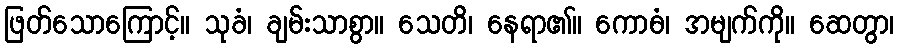
ဖြတ်သောကြောင့်။ သုခံ၊ ချမ်းသာစွာ။ သေတိ၊ နေရာ၏။ ကောဓံ၊ အမျက်ကို။ ဆေတွာ၊